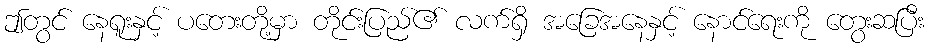
ဤတွင် နေရူးနှင့် ပတေးတို့မှာ တိုင်းပြည်၏ လက်ရှိ အခြေအနေနှင့် နောင်ရေးကို တွေးဆပြီး